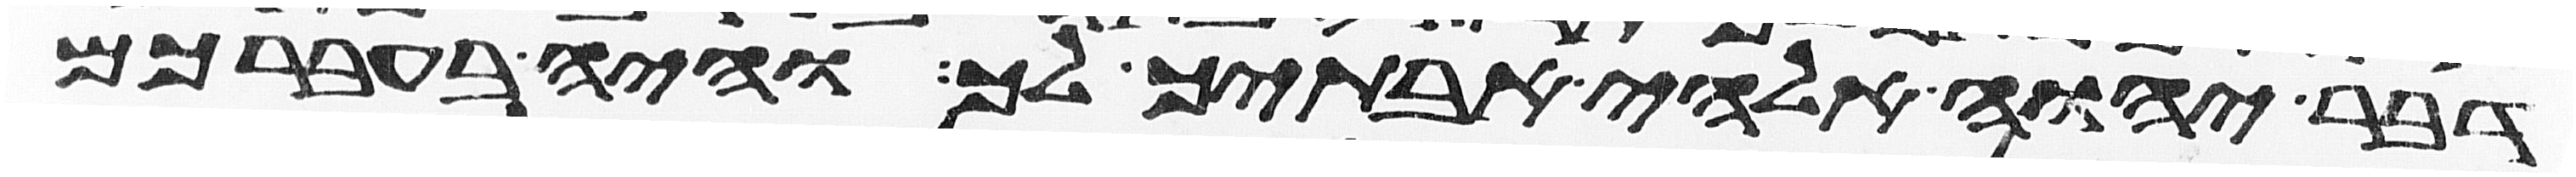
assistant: דבר יהוה אלהי אבתיך לך והיה בעברכם